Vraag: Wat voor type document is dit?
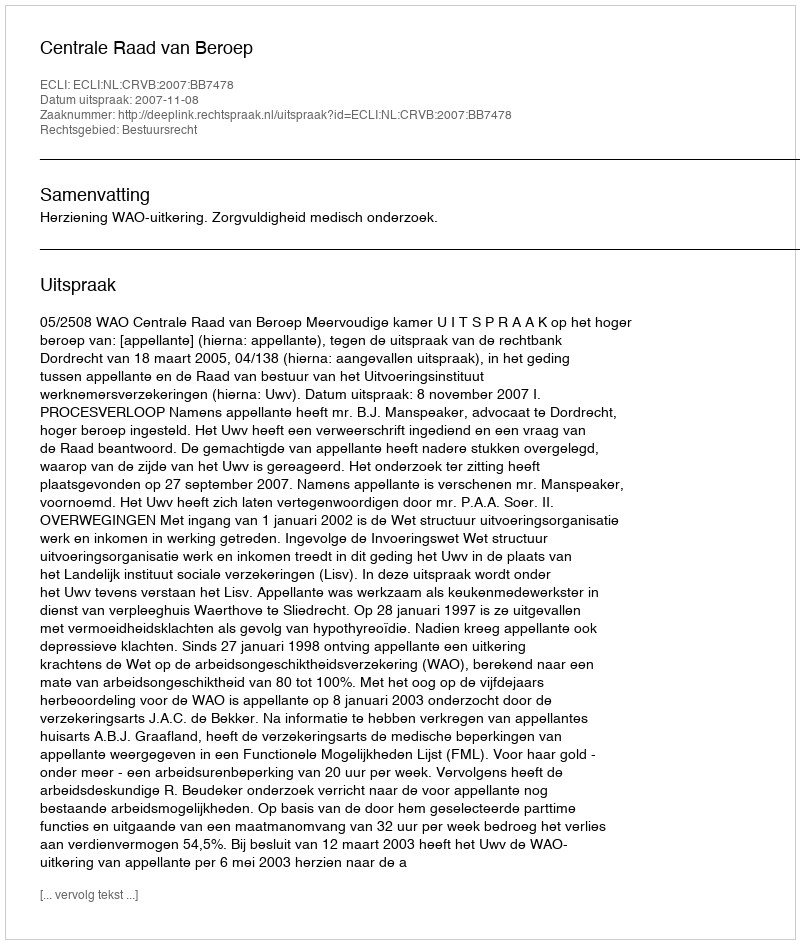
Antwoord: Uitspraak